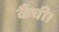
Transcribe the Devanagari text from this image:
कैंची।